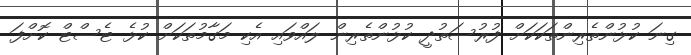
ގިނަ ކުޅުންތެރިންތަކަކަށް ފުރުސަތުދީ ކުޅުންތެރިން ލައްވައި އެކި މަގާމުތަކަށް ކުޅެ ޓެސްޓް ކޮށްފަ